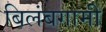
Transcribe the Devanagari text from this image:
बिलंबगामी